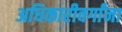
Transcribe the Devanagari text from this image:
अधिकारीवर्गांना